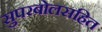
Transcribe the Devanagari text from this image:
सुपरबोलसहित